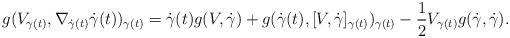
LaTeX: \begin{align*}g(V_{\gamma(t)},\nabla_{\dot{\gamma}(t)}\dot{\gamma}(t))_{\gamma(t)}=\dot{\gamma}(t)g(V,\dot{\gamma})+g(\dot{\gamma}(t),[V,\dot{\gamma}]_{\gamma(t)})_{\gamma(t)}-\frac{1}{2}V_{\gamma(t)}g(\dot{\gamma},\dot{\gamma}).\end{align*}